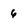
Character: 6